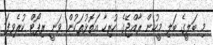
މި ބަލީގެ ބަލި މީހުން ރާއްޖޭގެ ހުރިހާ އަތޮޅުތަކުން ވަނީ ރިޕޯޓް ކުރެވިފަ